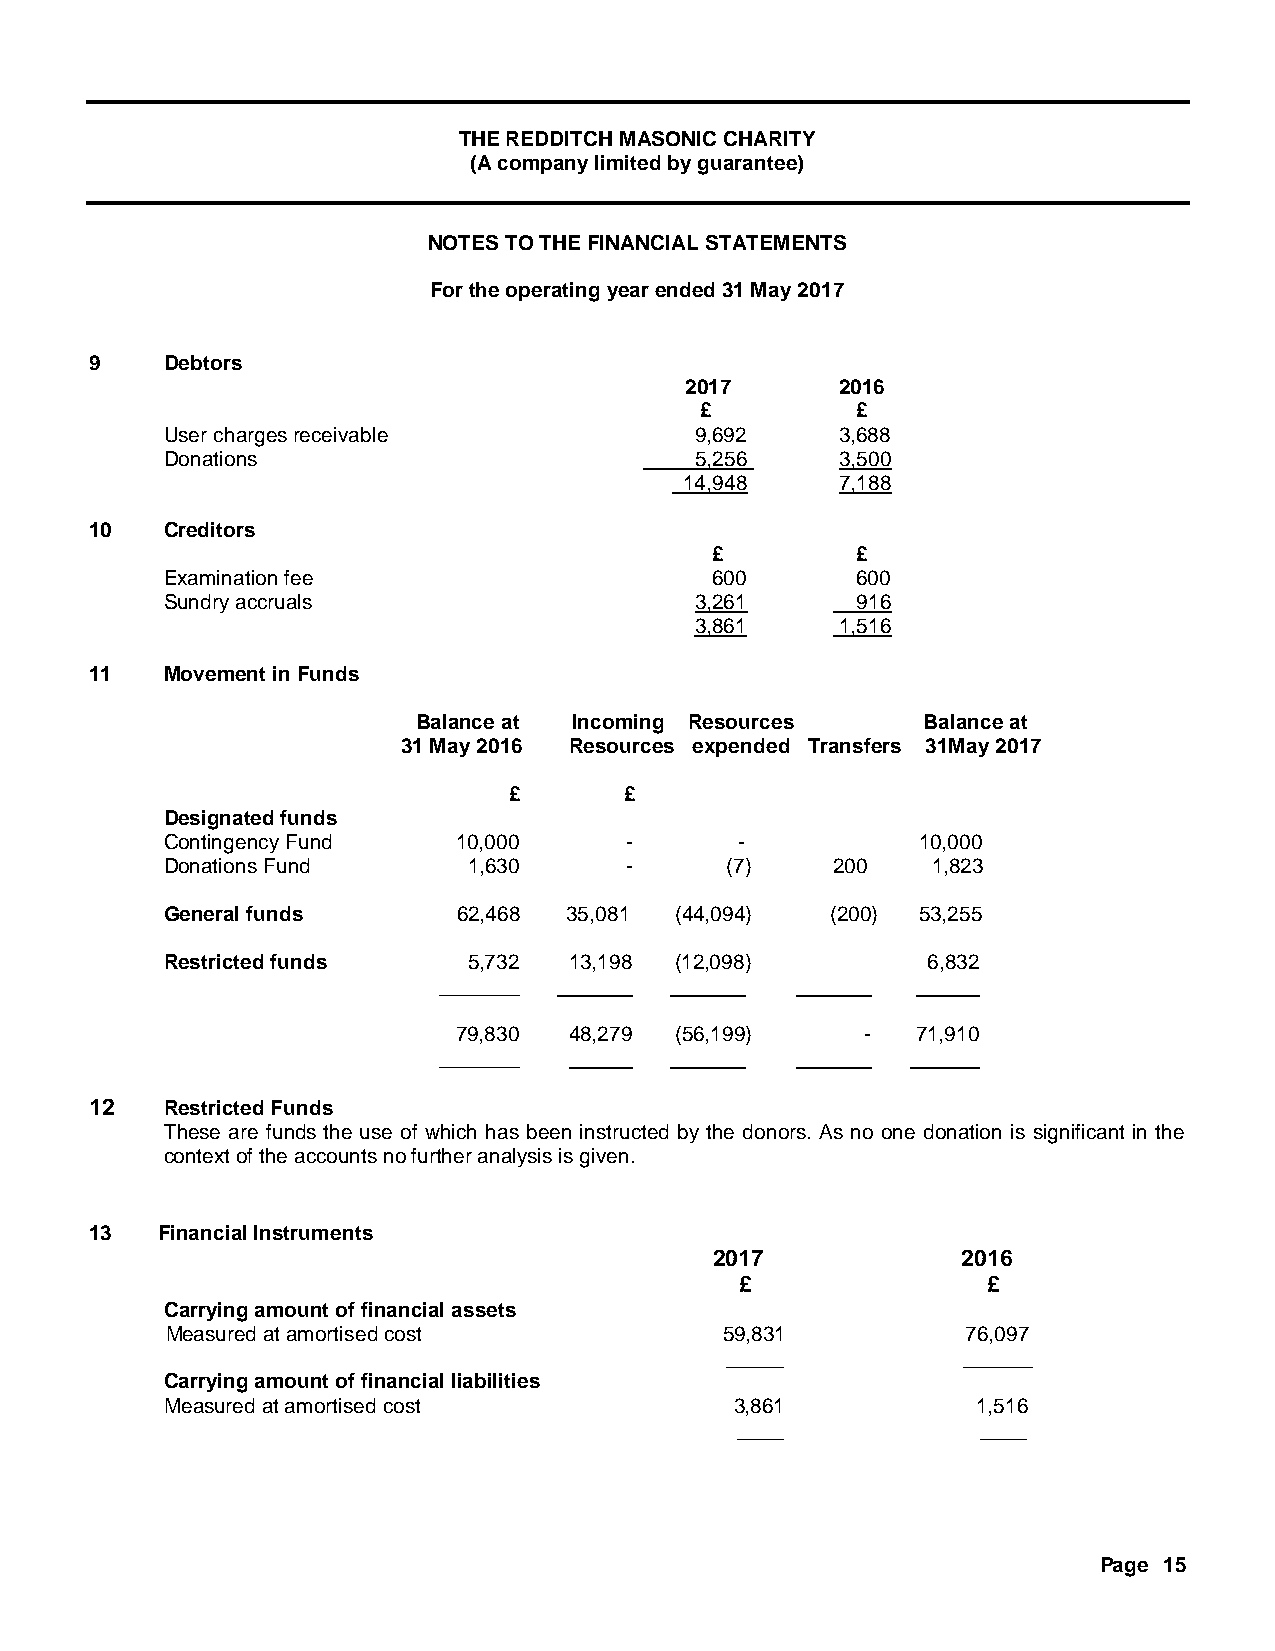
THE REDDITCH MASONIC CHARITY
 (A company limited by guarantee)
 NOTES TO THE FINANCIAL STATEMENTS
 For the operating year ended 31 May 2017
 9    Debtors
 2017       2016
 £          £
 User charges receivable            9,692     3,688
 Donations                          5,256     3,500
 14,948     7,188
 10   Creditors
 £         £
 Examination fee                     600       600
 Sundry accruals                    3,261      916
 3,861     1,516
 11   Movement in Funds
 Balance at Incoming Resources    Balance at
 31 May 2016 Resources expended Transfers 31May 2017
 £      £
 Designated funds
 Contingency Fund   10,000     -       -           10,000
 Donations Fund      1,630     -      (7)    200    1,823
 General funds      62,468 35,081  (44,094)  (200) 53,255
 Restricted funds    5,732  13,198 (12,098)        6,832
 _______
 79,830  48,279 (56,199)    -   71,910
 _______
 12   Restricted Funds
 These are funds the use of which has been instructed by the donors. As no one donation is significant in the
 context of the accounts no further analysis is given.
 13  Financial Instruments
 2017             2016
 £               £
 Carrying amount of financial assets
 Measured at amortised cost           59,831          76,097
 _____           ______
 Carrying amount of financial liabilities
 Measured at amortised cost            3,861           1,516
 ____            ____
 Page 15